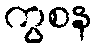
ကွစန